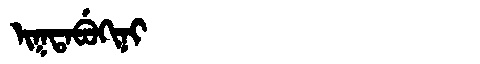
Manchu: ᡳᡴᡨᠠᠪᡠᡴᡳᠨᡳ
Romanization: IKTABUKINI